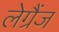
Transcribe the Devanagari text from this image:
लेग्रैंज